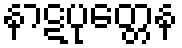
နာဋပုတ္တေန